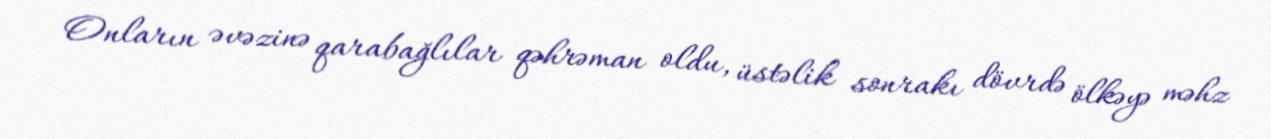
Onların əvəzinə qarabağlılar qəhrəman oldu, üstəlik sonrakı dövrdə ölkəyə məhz